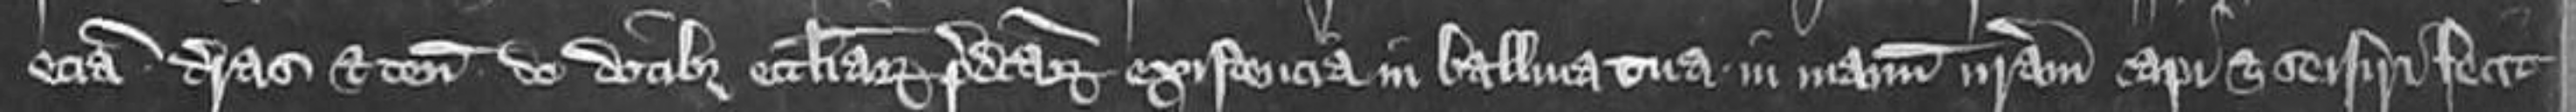
eciam terras et tenementa de dotibus ecclesiarum predictarum existencia in balliva tua in manum nostram capi et seisiri fecit